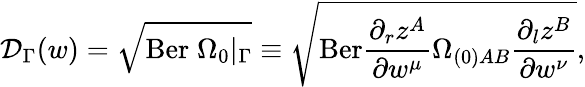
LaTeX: {\cal D}_{\Gamma}(w)=\sqrt{\mathrm{Ber}\; \Omega_{0}\vert_{\Gamma}}\equiv\sqrt{\mathrm{Ber}\frac{\partial_{r}z^{A}}{\partial w^{\mu}}\Omega_{(0)AB}\frac{\partial_{l}z^{B}}{\partial w^{\nu}}},